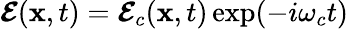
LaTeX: \boldsymbol{\mathcal{E}}(\mathbf{x},t)=\boldsymbol{\mathcal{E}}_{c}(\mathbf{x},t)\exp(-i\omega_{c}t)